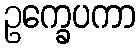
ဥက္ခေပကာ